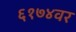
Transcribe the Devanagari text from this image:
६१७४वर